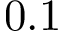
0 . 1